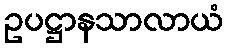
ဥပဋ္ဌာနသာလာယံ